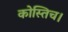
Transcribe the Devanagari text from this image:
कोस्तिच।